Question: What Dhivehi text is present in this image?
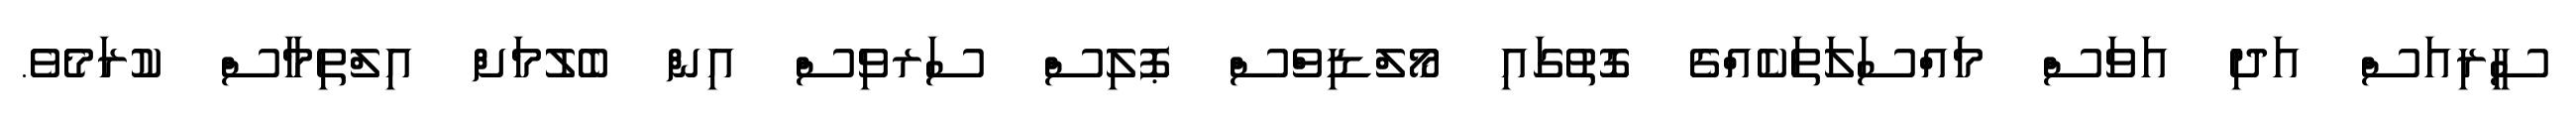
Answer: ސީރިއަސް އަދި އަވަސް މައްސަލަތަކެއްގެ ގޮތުގައި މޯލްޑިވްސް ޕޮލިސް ސަރވިސް އިން ބެލުމަށް އިލްތިމާސް ކުރަމެވެ.